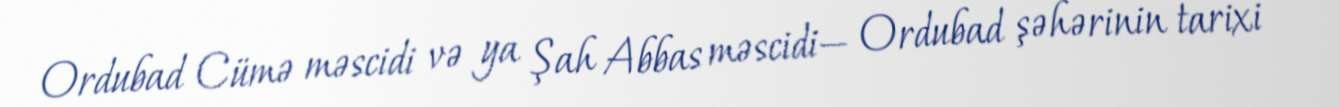
Ordubad Cümə məscidi və ya Şah Abbas məscidi— Ordubad şəhərinin tarixi